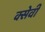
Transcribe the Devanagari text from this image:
क्सेवी